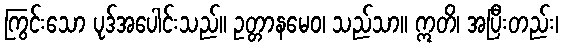
ကြွင်းသော ပုဒ်အပေါင်းသည်။ ဥတ္တာနမေဝ၊ သည်သာ။ ဣတိ၊ အပြီးတည်း၊